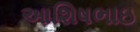
આશિષભાઇ